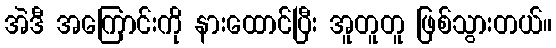
အဲဒီ အကြောင်းကို နားထောင်ပြီး အူတူတူ ဖြစ်သွားတယ်။